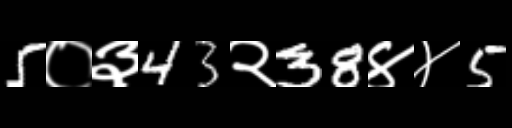
Text: 5०३43२38४४5